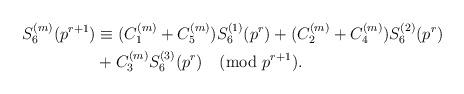
LaTeX: \begin{align*} S_{6}^{(m)}({{p}^{r+1}}) &\equiv ({{C}_{1}^{(m)}}+{{C}_{5}^{(m)}})S_{6}^{(1)}({{p}^{r}})+({{C}_{2}^{(m)}}+{{C}_{4}^{(m)}})S_{6}^{(2)}({{p}^{r}}) \\ & +C_{3}^{(m)}S_{6}^{(3)}(p^r) \pmod {p^{r+1}}.\end{align*}